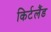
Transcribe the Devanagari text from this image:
किर्टलैंड